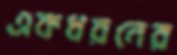
একধরনের